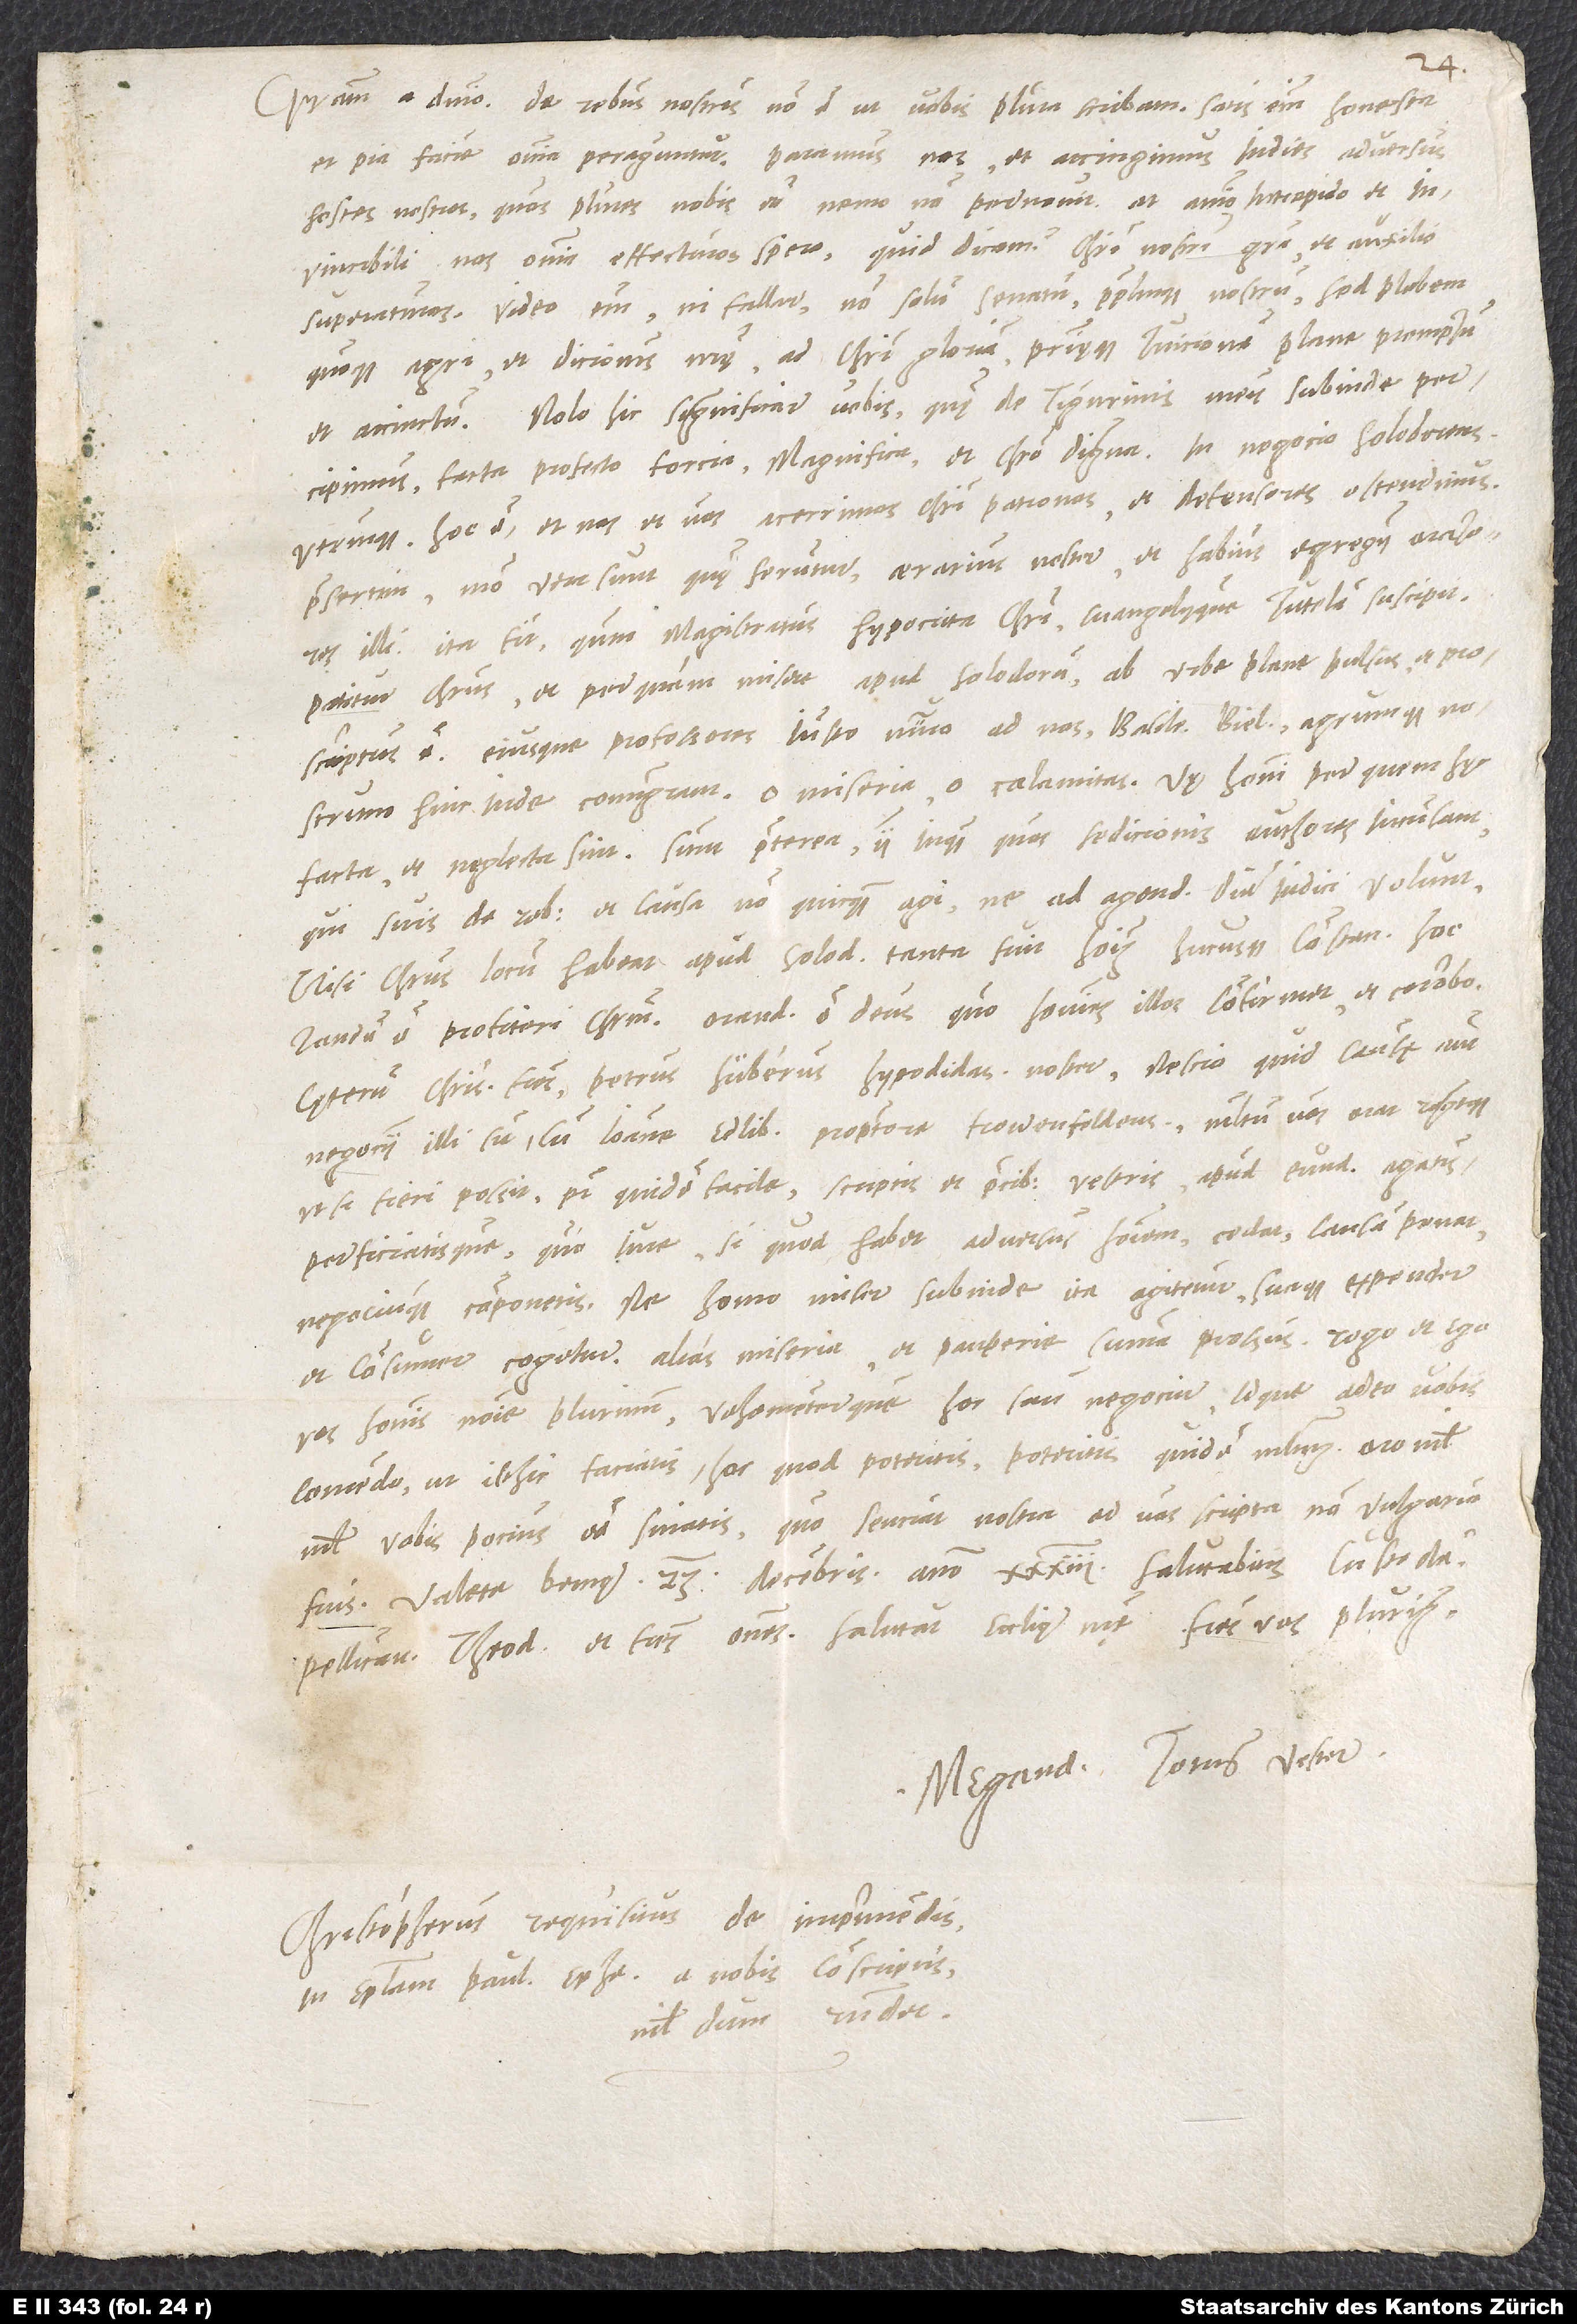
Gratiam a domino. De rebus nostris non est, ut vobis plura scribam. Satis enim honesta
et pia facie omnia peraguntur. Paramus nos et accingimus indies adversus
hostes nostros, quos plures nobis esse nemo non pernovit. At animo intrepido et
invincibili nos omnia effecturos spero, quid dicam, Christi nostri gratia et auxilio
superaturos. Video enim, ni fallor, non solum senatum populumque nostrum, sed plebem
quoque agri et dicionis nostrę ad Christi gloriam patrięque tuicionem plane promptum
et accinctum. Nob hic significare vobis, quę de Tigurinis meis subinde
percipimus, facta profecto forcia, magnifica et Christo digna. In negocio Solodorens.
Pellicanum, Theodorum et fratres omnes. Salutant ecclesię nostrę fratres vos plurimum.
Megander totus vester.
Christopherus requisitus de imprimendis
in epistolam Pauli a nobis conscriptis
nihildum respondet.